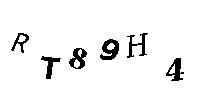
RT89H4